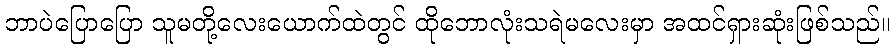
ဘာပဲပြောပြော သူမတို့လေးယောက်ထဲတွင် ထိုဘောလုံးသရဲမလေးမှာ အထင်ရှားဆုံးဖြစ်သည်။